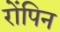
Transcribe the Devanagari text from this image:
रोंपिन